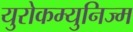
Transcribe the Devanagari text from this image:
युरोकम्युनिज्म